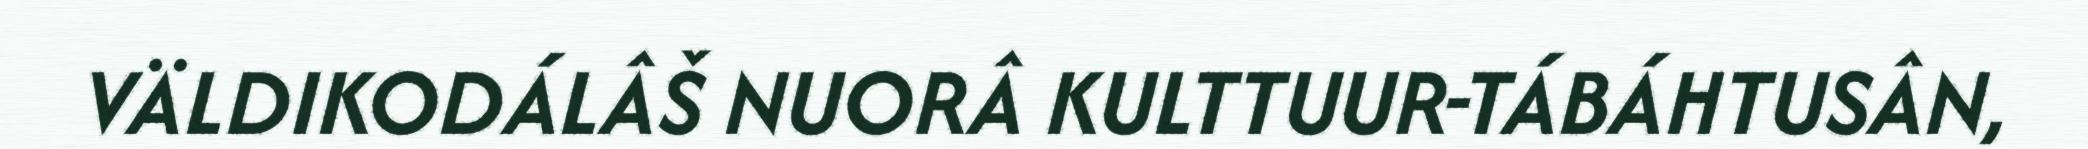
VÄLDIKODÁLÂŠ NUORÂ KULTTUUR-TÁBÁHTUSÂN,